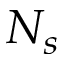
N _ { s }